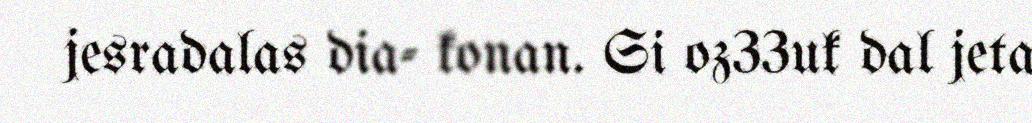
jesradalas dia- konan. Si oz33uk dal jeta